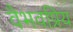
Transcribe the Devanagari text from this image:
वैभवप्रिय